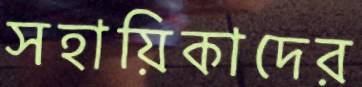
সহায়িকাদের